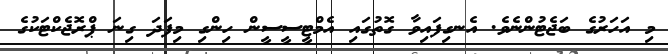
މި އަހަރުގެ ބަޖެޓުންނެވެ. އެނގިފައިވާ ގޮތުގައި އެމްޓީސީސީން ހިންގި މިފަދަ ގިނަ ޕްރޮޖެކްޓަކުގެ